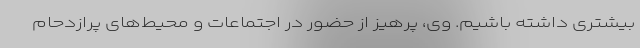
بیشتری داشته باشیم. وی، پرهیز از حضور در اجتماعات و محیط‌های پرازدحام